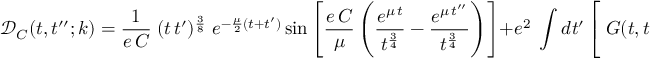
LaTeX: \mathcal { D } _ { C } ( t , t ^ { \prime \prime } ; k ) = \frac { 1 } { e \, C } \; ( t \, t ^ { \prime } ) ^ { \frac 3 8 } \; e ^ { - \frac { \mu } { 2 } ( t + t ^ { \prime } ) } \sin \left[ \frac { e \, C } { \mu } \left( \frac { e ^ { \mu \, t } } { t ^ { \frac 3 4 } } - \frac { e ^ { \mu \, t ^ { \prime \prime } } } { t ^ { \frac 3 4 } } \right) \right] + e ^ { 2 } \; \int d t ^ { \prime } \left[ \; G ( t , t ^ { \prime } ) \; \frac { e ^ { t ^ { \prime } ( 2 \, \mu - \frac { k ^ { 2 } } { 4 \mu } ) } } { t ^ { \frac 5 2 } } \; L ( t ^ { \prime } , t ^ { \prime \prime } ) - ( t \leftrightarrow t ^ { \prime \prime } ) \right]